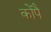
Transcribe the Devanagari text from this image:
कोपै